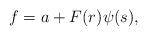
LaTeX: \begin{align*}f = a + F(r) \psi(s),\end{align*}